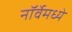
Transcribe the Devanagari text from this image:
नॉर्वेमध्ये